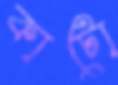
কাটো